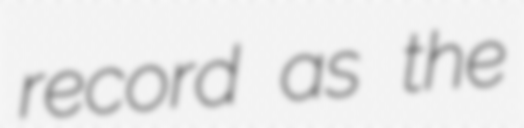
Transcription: record as the